Leaving Certificate Examination (including Day School Certificate (Higher) General paper), 1933
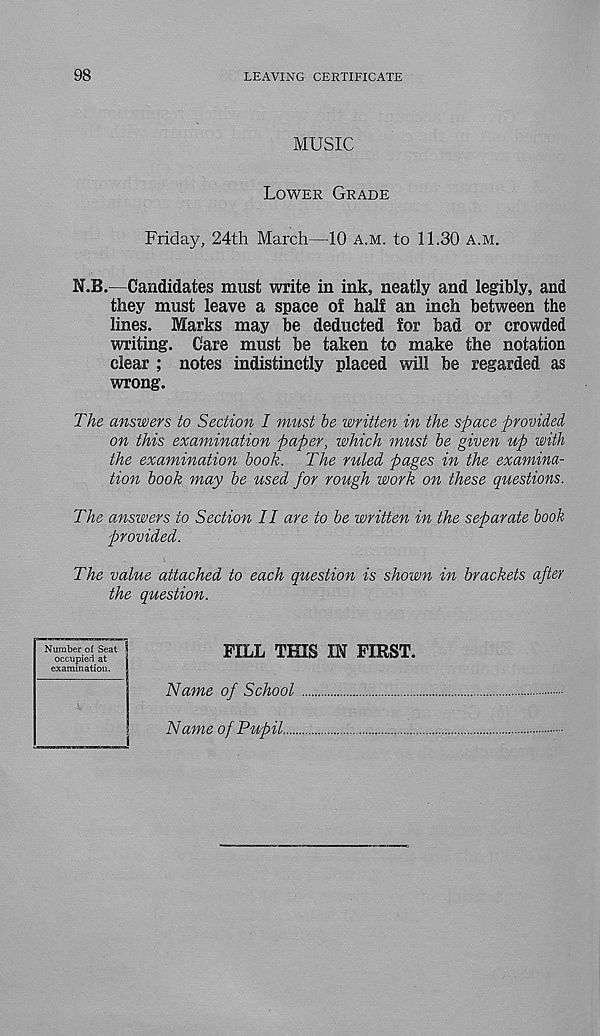
98
LEAVING CERTIFICATE
MUSIC
Lower Grade
Friday, 24th March—10 a.m. to 11.30 a.m.
N.B.—Candidates must write in ink, neatly and legibly, and
they must leave a space of half an inch between the
lines. Marks may be deducted for bad or crowded
writing. Care must be taken to make the notation
clear ; notes indistinctly placed will be regarded as
wrong.
The answers to Section I must be written in the space provided,
on this examination paper, which must be given up with
the examination book. The ruled pages in the examina-
tion book may be used for rough work on these questions.
The answers to Section II are to be written in the separate book
provided.
The value attached to each question is shown in brackets after
the question.
Number of Seat
occupied at
examination.
FILL THIS IN FIRST.
Name of School
Name of Pupil